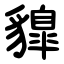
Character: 䝥